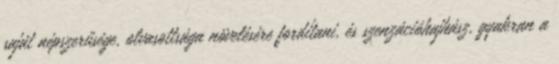
saját népszerűsége, olvasottsága növelésére fordítani, és szenzációhajhász, gyakran a